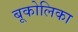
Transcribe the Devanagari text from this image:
बूकोलिका